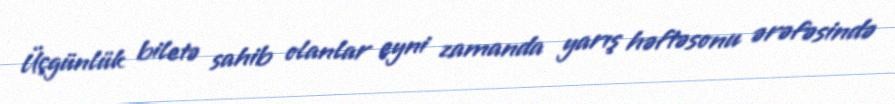
Üçgünlük biletə sahib olanlar eyni zamanda yarış həftəsonu ərəfəsində